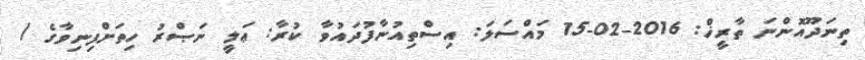
ތިނަދޫއޮންނަ ތާރީޚް: 2016-02-15 މައްސަލަ: އިސްތިއުނާފުދައުވާ ކުރާ: ޢަލީ ނަޞްރު ހިތަށްފިނިވާގެ /